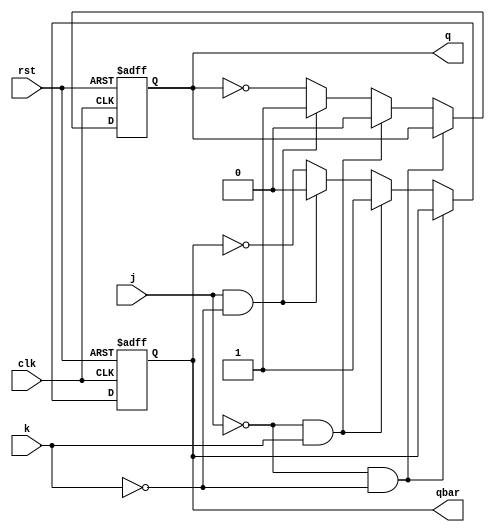
module jk_sr(input j, input k, input clk, input rst, output reg q, output reg qbar);
always@(negedge clk or posedge rst)
begin
if (rst)
begin q<=0; qbar<=1; end
else begin
if (j==0 && k==0)
begin
q<=q;
qbar<=qbar;
end
else if (j==0 && k==1)
begin
q<=0; qbar<=1;
end 
else if (j==1 && k==0)
begin 
q<=1; qbar<=0;
end
else 
begin 
q<=~q;
qbar<=~qbar;
end 
end
end

endmodule
/*
module jk_sr_tb();
reg j, k, clk, rst; wire q, qbar;
jk_sr u1(.j(j), .k(k), .clk(clk), .rst(rst), .q(q), .qbar(qbar));

initial begin
	$dumpfile("jkfsr.vcd");
	$dumpvars(-1, u1);
end

always begin
clk=~clk;#5;
end
initial begin
clk=0;rst=0;j=0;k=0;
rst=1;#5; rst=0;#5;
j=0;k=0;#10;
j=0;k=1;#10;
j=1;k=0;#10;
j=1;k=1;#10;
#20 $finish;
end

endmodule
*/